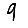
Digit: 9